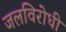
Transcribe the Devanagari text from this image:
जलविरोधी